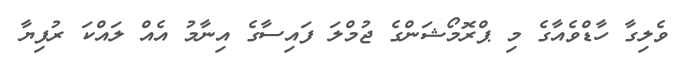
ވެލިގާ ހާޑްވެއާގެ މި ޕްރޮމޯޝަންގެ ޖުމްލަ ފައިސާގެ އިނާމު އެއް ލައްކަ ރުފިޔާ